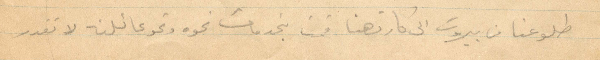
طلوعنا من بيروت الى كارتهنا قمت بخدمات نحو وعائلته لا تقدر